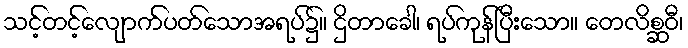
သင့်တင့်လျောက်ပတ်သောအရပ်၌။ ဌိတာခေါ၊ ရပ်ကုန်ပြီးသော။ တေလိစ္ဆဝီ၊